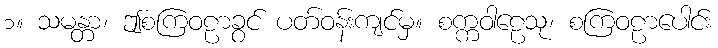
၁။ သမန္တာ၊ ဤစကြဝဠာခွင် ပတ်ဝန်းကျင်မှ။ စက္ကဝါဠေသု၊ စကြဝဠာပေါင်း